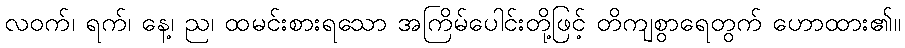
လဝက်၊ ရက်၊ နေ့၊ ည၊ ထမင်းစားရသော အကြိမ်ပေါင်းတို့ဖြင့် တိကျစွာရေတွက် ဟောထား၏။